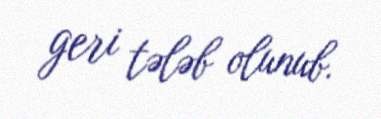
geri tələb olunub.